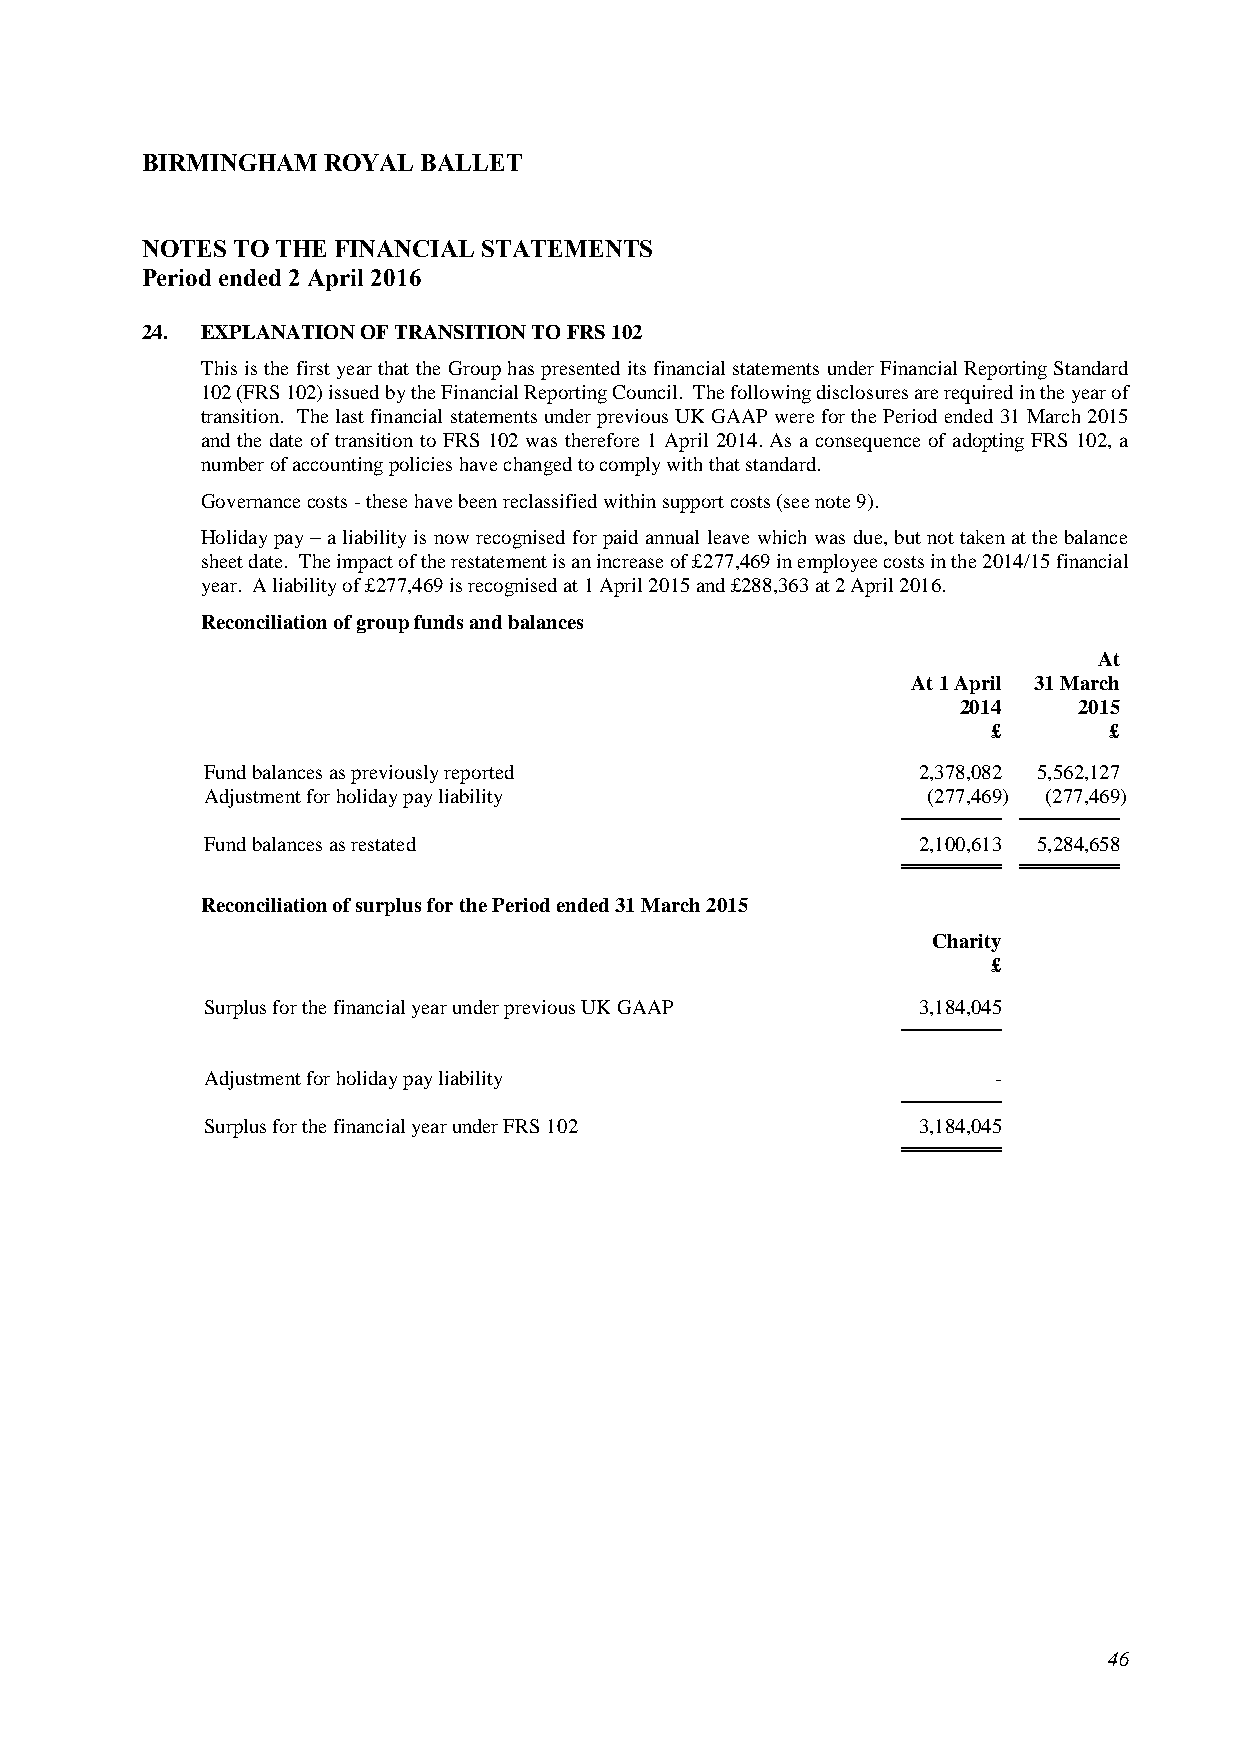
BIRMINGHAM  ROYAL  BALLET
 NOTES TO THE FINANCIAL STATEMENTS
 Period ended 2 April 2016
 24. EXPLANATION OF TRANSITION TO FRS 102
 This is the first year that the Group has presented its financial statements under Financial Reporting Standard
 102 (FRS 102) issued by the Financial Reporting Council. The following disclosures are required in the year of
 transition. The last financial statements under previous UK GAAP were for the Period ended 31 March 2015
 and the date of transition to FRS 102 was therefore 1 April 2014. As a consequence of adopting FRS 102, a
 number of accounting policies have changed to comply with that standard.
 Governance costs - these have been reclassified within support costs (see note 9).
 Holiday pay – a liability is now recognised for paid annual leave which was due, but not taken at the balance
 sheet date. The impact of the restatement is an increase of £277,469 in employee costs in the 2014/15 financial
 year. A liability of £277,469 is recognised at 1 April 2015 and £288,363 at 2 April 2016.
 Reconciliation of group funds and balances
 At
 At 1 April 31 March
 2014   2015
 £      £
 Fund balances as previously reported            2,378,082 5,562,127
 Adjustment for holiday pay liability            (277,469) (277,469)
 Fund balances as restated                       2,100,613 5,284,658
 Reconciliation of surplus for the Period ended 31 March 2015
 Charity
 £
 Surplus for the financial year under previous UK GAAP 3,184,045
 Adjustment for holiday pay liability                 -
 Surplus for the financial year under FRS 102    3,184,045
 46